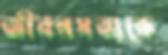
জীবনসত্যকে